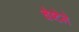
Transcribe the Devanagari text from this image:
चेष्टेने